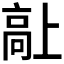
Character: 𱅷